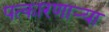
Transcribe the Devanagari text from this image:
पत्कारणाऱ्या